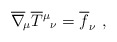
\begin{align*}\overline\nabla_{\!\mu}\overline T{^\mu}{_\nu}=\overline f_\nu \ ,\end{align*}